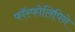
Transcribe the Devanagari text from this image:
फॉस्फोलिपिने